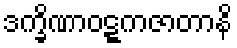
ဒက္ခိဏာဝဋ္ဋကဇာတာနိ